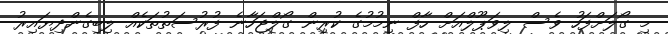
މި ގޯލަށްފަހު ވެސް ލިވަޕޫލްއަށް ހާފް ނިމުމުގެ ކުރިން ގޯލްޖަހާނެ ފުރުސަތުތަކެއް ލިބިގެންދިޔައިރު